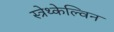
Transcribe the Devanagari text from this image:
स्त्रेथ्केल्विन